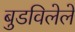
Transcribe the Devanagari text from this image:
बुडविलेले